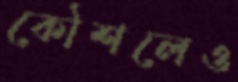
কৌশলেও